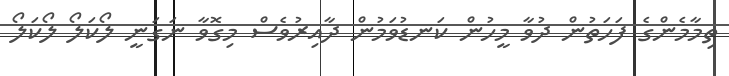
ތިމާމެންގެ ފަހަތުން ދުވާ މީހުން ކަނޑުވަމުން ދާއިރުވެސް މިގޮވާ ނަގަނީ ލޯކަލޯ ލޯކަލޯ